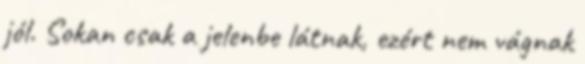
jól. Sokan csak a jelenbe látnak, ezért nem vágnak